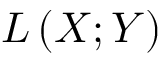
L \left( X ; Y \right)